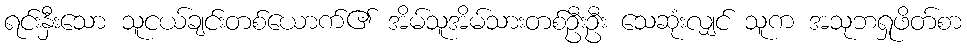
ရင်းနှီးသော သူငယ်ချင်းတစ်ယောက်၏ အိမ်သူအိမ်သားတစ်ဦးဦး သေဆုံးလျှင် သူက အသုဘရှုဖိတ်စာ